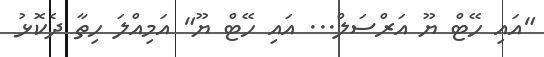
"އައި ހޭޓް ޔޫ އަރްސަލް... އައި ހޭޓް ޔޫ" އަމިއްލަ ހިތާ ދެކޮޅު